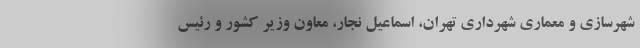
شهرسازی و معماری شهرداری تهران، اسماعیل نجار، معاون وزیر کشور و رئیس